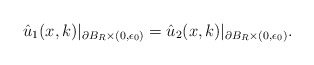
\begin{align*}\hat u_1(x, k)|_{\partial B_R\times (0, \epsilon_0)}=\hat u_2(x, k)|_{\partial B_R\times (0, \epsilon_0)}. \end{align*}